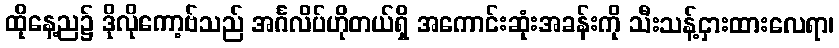
ထိုနေ့ည၌ ဒိုလိုကော့ဗ်သည် အင်္ဂလိပ်ဟိုတယ်ရှိ အကောင်းဆုံးအခန်းကို သီးသန့်ငှားထားလေရာ၊